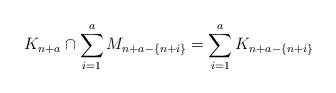
LaTeX: \begin{align*}K_{n+a} \cap \sum_{i=1}^a M_{n+a - \{n+i\}} = \sum_{i=1}^a K_{n+a - \{n+i\}}\end{align*}